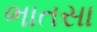
ભાતસા